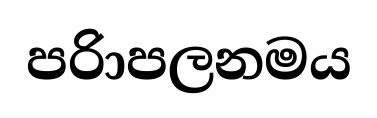
පරිාපලනමය